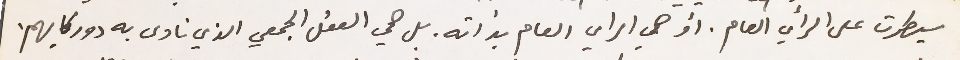
سيطرت على الرأي العام. او هي الراي العام بذاته. بل هي العقل الجمعي الذي نادى به دوركايهم.